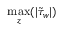
\operatorname* { m a x } _ { z } ( | \tilde { \tau } _ { w } | )